Sketch of the medical history of the native army of Bombay, for the year
Year: 1876
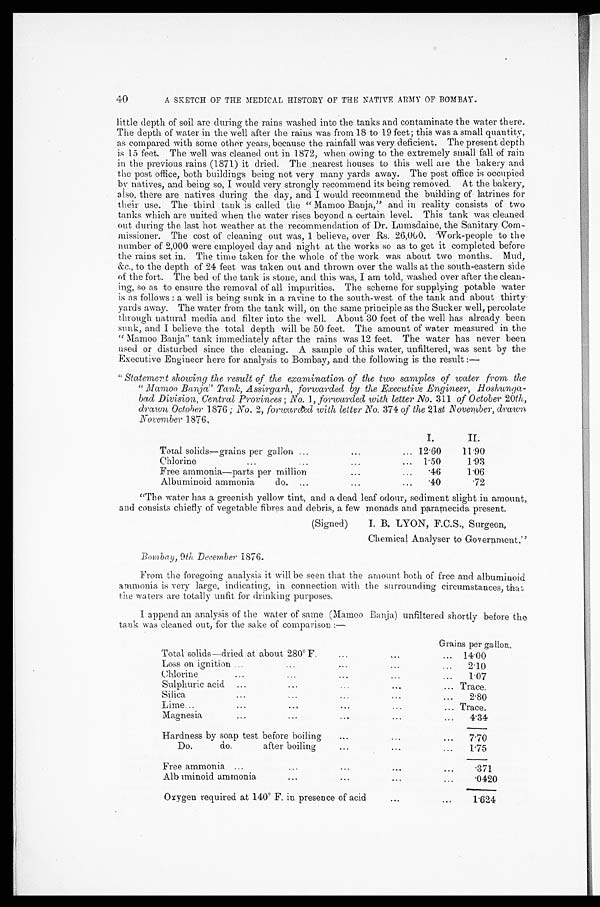
A SKETCH OF THE MEDICAL HISTORY OF THE NATIVE ARMY OF BOMBAY.
little depth of soil are during the rains washed into the tanks and contaminate the water there.
The depth of water in the well after the rains was from 18 to 19 feet ; this was a small quantity,
as compared with some other years, because the rainfall was very deficient. The present depth
is 15 feet. The well was cleaned out in 1872, when owing to the extremely small fall of rain
in the previous rains (1871) it dried. The nearest houses to this well are the bakery and
the post office, both buildings being not very many yards away. The post office is occupied
by natives, and being so, I would very strongly recommend its being removed. At the bakery,
also, there are natives during the day, and I would recommend the building of latrines for
their use. The third tank is called the " Mamoo Banja," and in reality consists of two
tanks which are united when the water rises beyond a certain level. This tank was cleaned
out during the last hot weather at the recommendation of Dr. Lumsdaine, the Sanitary Com-
missioner. The cost of cleaning out was, I believe, over Rs. 26,000. Work-people to the
number of 2,000 were employed day and night at the works so as to get it completed before
the rains set in. The time taken for the whole of the work was about two months. Mud,
&c., to the depth of 24 feet was taken out and thrown over the walls at the south-eastern side
of the fort. The bed of the tank is stone, and this was, I am told, washed over after the clean-
ing, so as to ensure the removal of all impurities. The scheme for supplying potable water
is as follows : a well is being sunk in a ravine to the south-west of the tank and about thirty
yards away. The water from the tank will, on the same principle as the Sucker well, percolate
through natural media and filter into the well. About 30 feet of the well has already been
sunk, and I believe the total depth will be 50 feet. The amount of water measured in the
" Mamoo Banja" tank immediately after the rains was 12 feet. The water has never been
used or disturbed since the cleaning. A sample of this water, unfiltered, was sent by the
Executive Engineer here for analysis to Bombay, and the following is the result :—
" Statement showing the result of the examination of the two samples of water from the
" Mamoo Banja" Tank, Assirgarh, forwarded by the Executive Engineer, Hoshunga-
bad Division, Central Provinces ; No. 1, forwarded with letter No. 311 of October 20th,
drawn October 1876 ; No. 2, forwarded with letter No. 374 of the 21st November, drawn
November 1876.
I.
I I
Total solids–grains per gallon ...
. . .
... 12 . 60
11
.
90
Chlorine
. . .
. . .
. . .
. . . 1
.
50
1
.
93
Free ammonia—parts per million
...
...
.
46
1
.
06
Albuminoid ammonia
do. . . .
...
...
.
40
.
72
"The water has a greenish yellow tint, and a dead leaf odour, sediment slight in amount,
and consists chiefly of vegetable fibres and debris, a few monads and paramecida present.
40
(Signed)
Bombay, 9th December 1876.
I. B. LYON, F.C.S., Surgeon,
Chemical Analyser to Government."
From the foregoing analysis it will be seen that the amount both of free and albuminoid
ammonia is very large, indicating, in connection with the surrounding circumstances, that
the waters are totally unfit for drinking purposes.
I append an analysis of the water of same (Mamoo Banja) unfiltered shortly before the
tank was cleaned out, for the sake of comparison :—
Grains per gallon.
Total solids—dried at about 280° F
. . .
. . .
...
14
.
00
Loss on ignition ...
...
. . .
...
...
2
.
10
Chlorine
. . .
...
. . .
. . .
. . .
1 . 07
Sulphuric acid
...
...
...
...
... Trace.
Silica
...
. . .
. . .
. . .
...
2
.
80
Lime...
. . .
. . .
. . .
. . .
. . . Trace.
Magnesia
...
...
...
...
. . .
4
.
34
Hardness by soap test before boiling
. . .
. . .
. . .
7
.
70
Do.
do.
after boiling
...
...
...
1
.
75
Free ammonia . . .
. . .
. . .
. . .
. . .
.
371
Alb uminoid ammonia
. . .
. . .
. . .
. . .
.
0420
Oxygen required at 140° F. in presence of acid
...
...
1
.
624